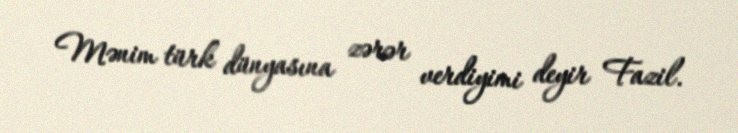
Mənim türk dünyasına zərər verdiyimi deyir Fazil.